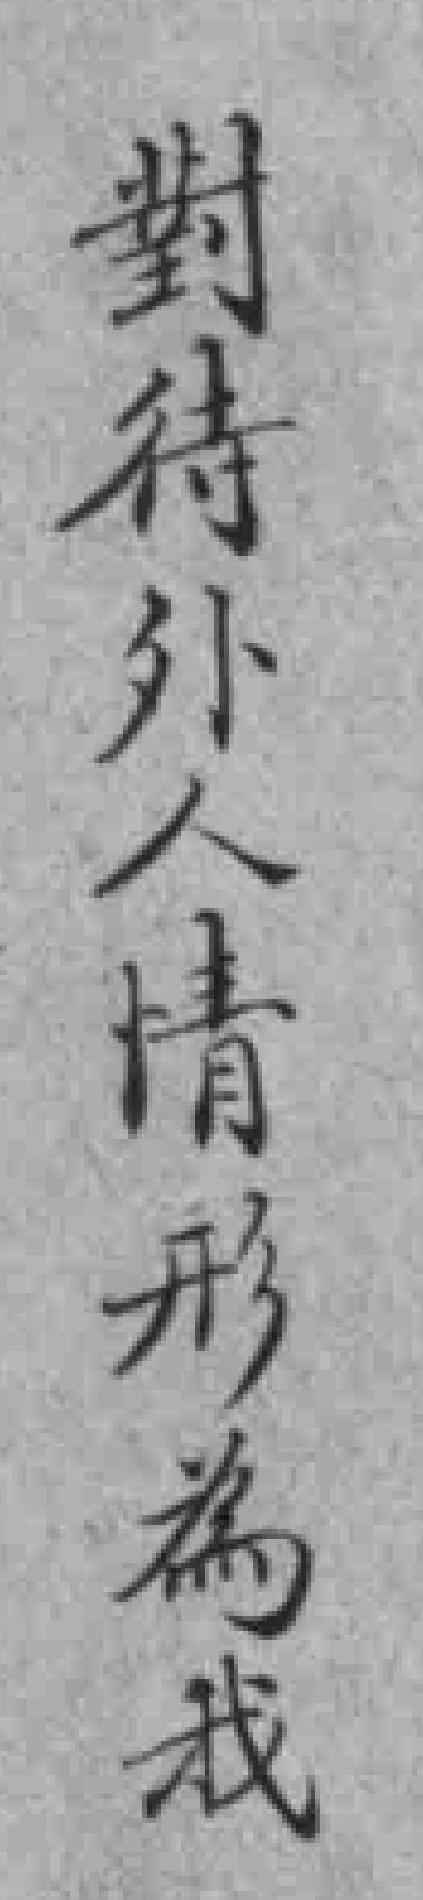
對待外人情形為我